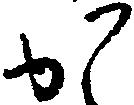
か